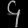
Digit: ၄